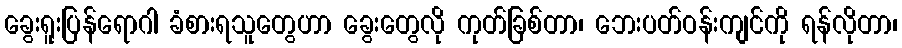
ခွေးရူးပြန်ရောဂါ ခံစားရသူတွေဟာ ခွေးတွေလို ကုတ်ခြစ်တာ၊ ဘေးပတ်ဝန်းကျင်ကို ရန်လိုတာ၊